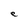
Character: e